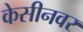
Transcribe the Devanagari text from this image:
केसीनवर